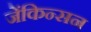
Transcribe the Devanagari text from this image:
जेंकिन्सन